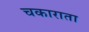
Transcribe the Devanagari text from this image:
चकाराता